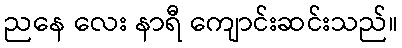
ညနေ လေး နာရီ ကျောင်းဆင်းသည်။